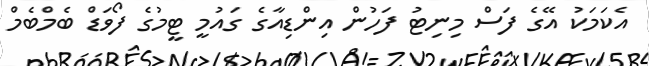
އެކަމަކު އޭގެ ފަސް މިނިޓު ފަހުން އިންޑިއާގެ ގައުމީ ޓީމުގެ ފޯވަޑް ބެމްބެމް